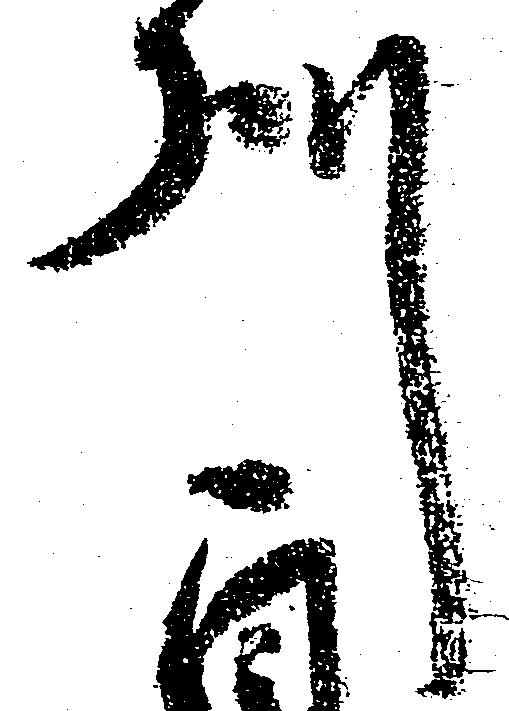
州